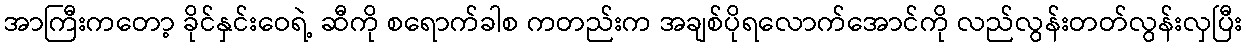
အာကြီးကတော့ ခိုင်နှင်းဝေရဲ့ ဆီကို စရောက်ခါစ ကတည်းက အချစ်ပိုရလောက်အောင်ကို လည်လွန်းတတ်လွန်းလှပြီး